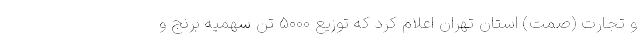
و تجارت (صمت) استان تهران اعلام کرد که توزیع ۵۰۰۰ تن سهمیه برنج و